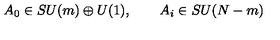
A _ { 0 } \in S U ( m ) \oplus U ( 1 ) , \qquad A _ { i } \in S U ( N - m )